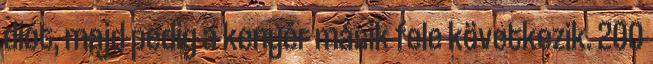
diót, majd pedig a kenyér másik fele következik. 200